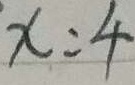
x : 4